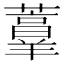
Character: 𰲏